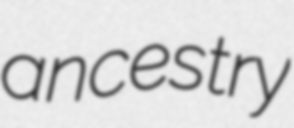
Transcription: ancestry